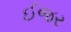
ઈજર